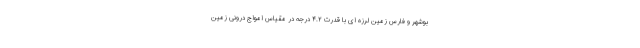
بوشهر و فارس زمین لرزه ای با قدرت ۴.۲ درجه در مقیاس امواج درونی زمین